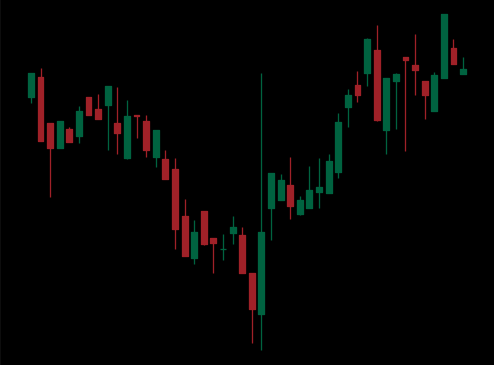
Pattern: inverse_head_shoulders